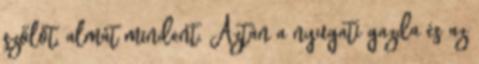
szőlőt, almát mindent. Aztán a nyugati gazda és az